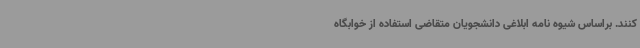
کنند. براساس شیوه نامه ابلاغی دانشجویان متقاضی استفاده از خوابگاه